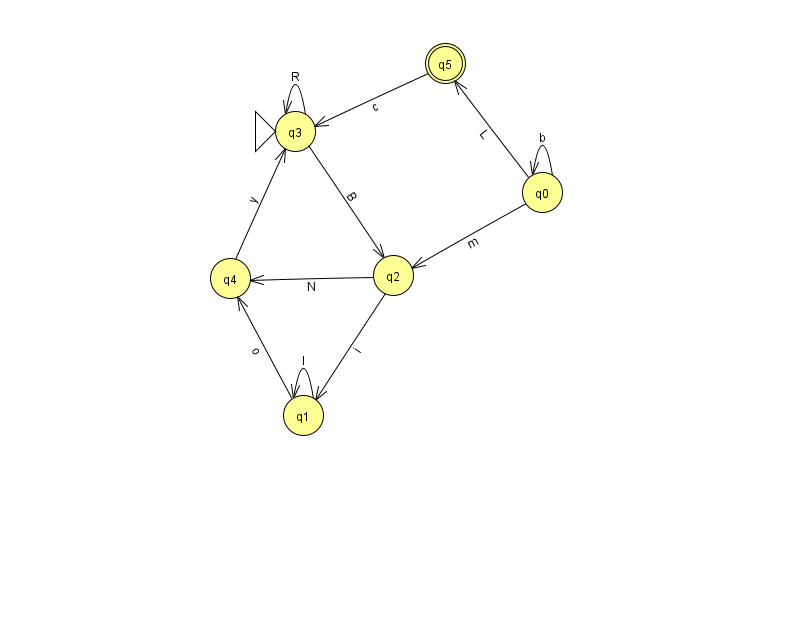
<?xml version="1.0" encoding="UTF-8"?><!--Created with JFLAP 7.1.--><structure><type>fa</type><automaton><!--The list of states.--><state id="0" name="q0"><x>542.0</x><y>179.0</y></state><state id="1" name="q1"><x>303.0</x><y>402.0</y></state><state id="2" name="q2"><x>393.0</x><y>262.0</y></state><state id="3" name="q3"><x>295.0</x><y>118.0</y><initial/></state><state id="4" name="q4"><x>230.0</x><y>265.0</y></state><state id="5" name="q5"><x>445.0</x><y>50.0</y><final/></state><!--The list of transitions.--><transition><from>5</from><to>3</to><read>c</read></transition><transition><from>0</from><to>0</to><read>b</read></transition><transition><from>3</from><to>3</to><read>R</read></transition><transition><from>1</from><to>4</to><read>o</read></transition><transition><from>4</from><to>3</to><read>y</read></transition><transition><from>0</from><to>2</to><read>m</read></transition><transition><from>2</from><to>1</to><read>i</read></transition><transition><from>3</from><to>2</to><read>B</read></transition><transition><from>1</from><to>1</to><read>l</read></transition><transition><from>2</from><to>4</to><read>N</read></transition><transition><from>0</from><to>5</to><read>L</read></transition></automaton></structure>